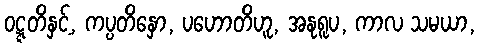
ဝဋ္ဋတိနှင့်, ကပ္ပတိနှော, ပဟောတိဟူ, အနုရူပ, ကာလ သမယာ,